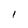
Character: 1